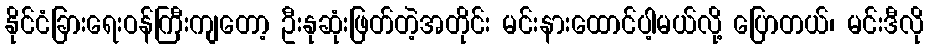
နိုင်ငံခြားရေးဝန်ကြီးကျတော့ ဦးနုဆုံးဖြတ်တဲ့အတိုင်း မင်းနားထောင်ပါ့မယ်လို့ ပြောတယ်၊ မင်းဒီလို